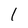
Character: l